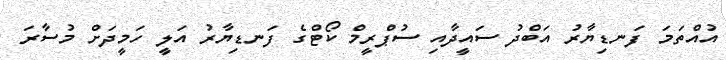
އުއްތަމަ ފަނޑިޔާރު އަބްދު ސައީދާއި ސުޕްރީމް ކޯޓްގެ ފަނޑިޔާރު އަލީ ހަމީދަށް މުސާރަ